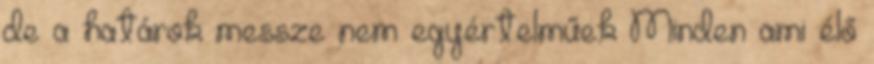
de a határok messze nem egyértelműek Minden ami élő